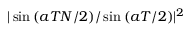
| \sin { ( a T N / 2 ) } / \sin { ( a T / 2 ) } | ^ { 2 }